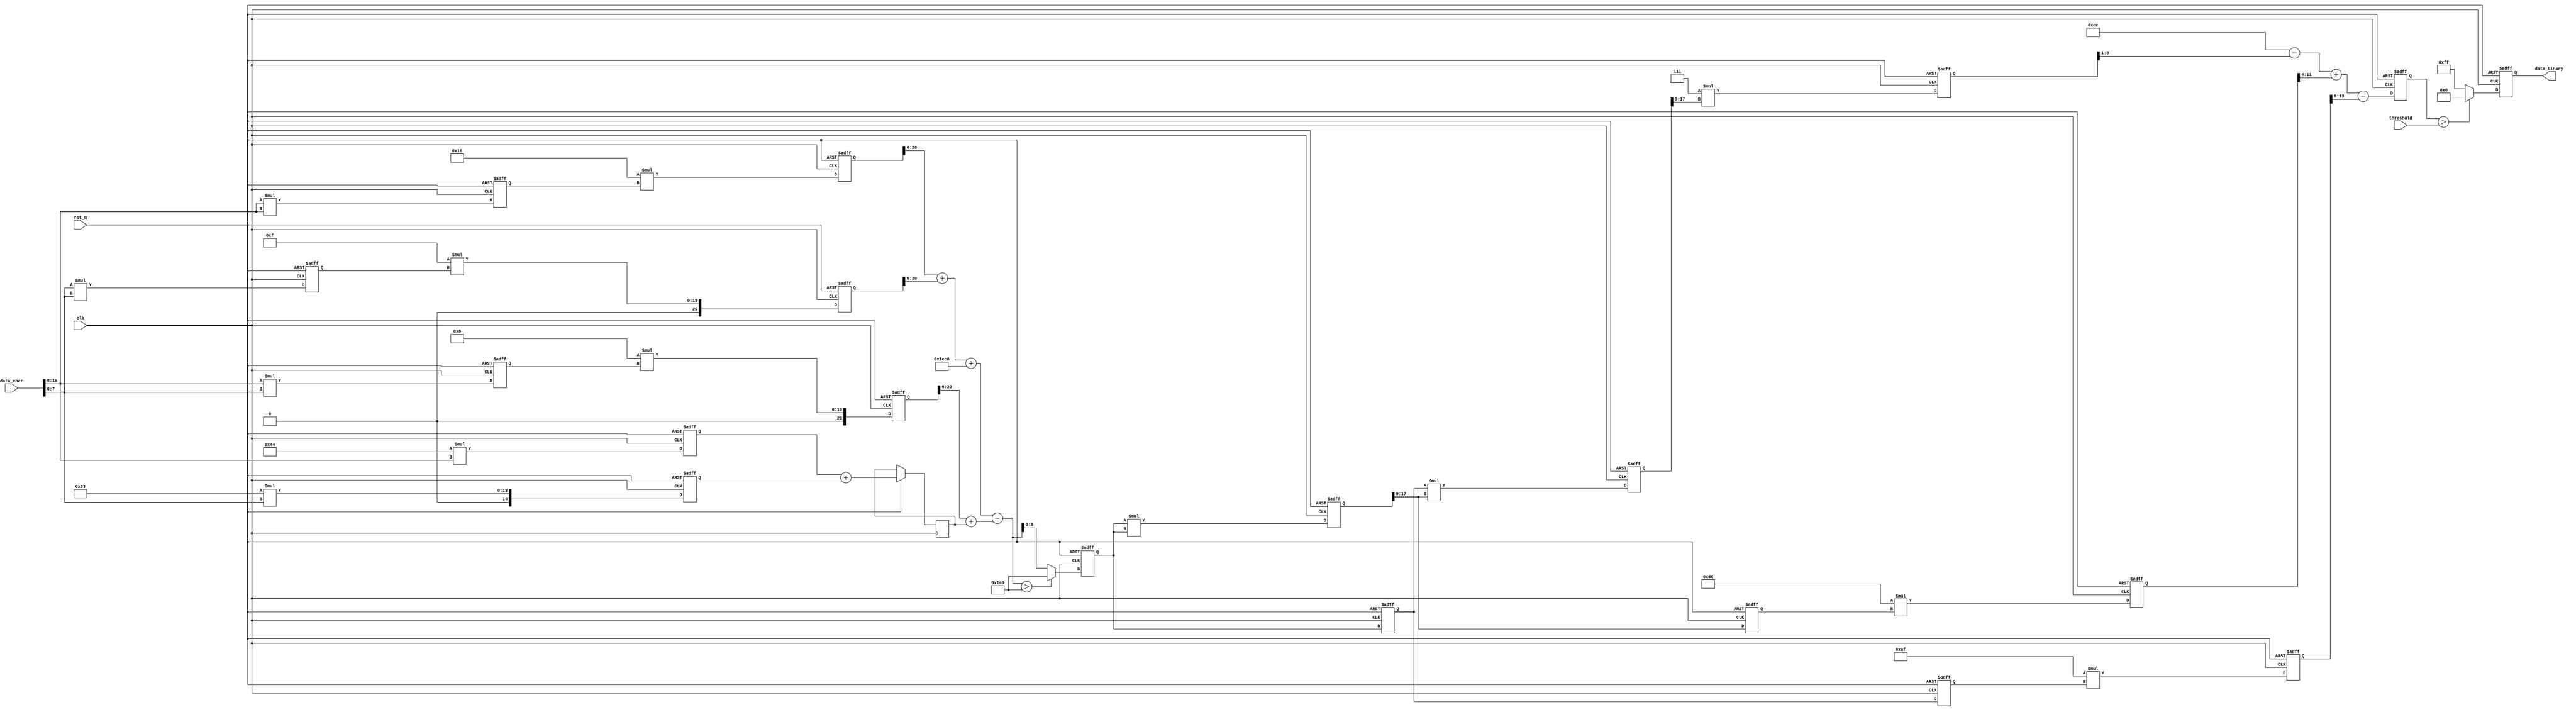


module ycbcr2gray2binary( 
    input clk,
    input rst_n,

    

    input [15:0] data_cbcr,
    input [7:0]threshold,
    output [7:0] data_binary
);

/*******************************************************************


x = 7880 + 22*cb^2>>6 + 15*cr^2>>6 - 8*cb*cr^2>>6 - 68*cb - 51*cr

7880 = 123*2^6 + 8

x>320, x=320, x649
*******************************************************************/
//cbcr
wire [7:0] data_cb;
wire [7:0] data_cr;
//cb^2, cr^2, cb*cr
reg [15:0] cb2;
reg [15:0] cr2;
reg [15:0] cbcr;
//
reg [20:0] cb2_t;
reg [20:0] cr2_t;
reg [20:0] cbcr_t;
reg [14:0] cb_t;
reg [14:0] cr_t;
//
reg [15:0] cb_cr_t;
reg [20:0] neg_sum;
reg [20:0] pos_sum;
//
reg [8:0] x;


assign data_cb = data_cbcr[15:8];
assign data_cr = data_cbcr[7:0];

//
always@(posedge clk or negedge rst_n) begin
    if(!rst_n) begin
        cb2  <= 16'd0;
        cr2  <= 16'd0;
        cbcr <= 16'd0;
        cb_t   <= 15'd0;
        cr_t   <= 15'd0;
    end
    else begin
        cb2  <= data_cb*data_cb;
        cr2  <= data_cr*data_cr;
        cbcr <= data_cb*data_cr;
        cb_t <= 7'd68*data_cb;
        cr_t <= 7'd51*data_cr;
    end
end

//
always@(posedge clk or negedge rst_n) begin
    if(!rst_n) begin
        cb2_t   <= 21'd0;
        cr2_t   <= 21'd0;
        cbcr_t  <= 21'd0;
    end
    else begin
        cb2_t   <= 5'd22*cb2;
        cr2_t   <= 5'd15*cr2;
        cbcr_t  <= 5'd8*cbcr;
        cb_cr_t <= cb_t + cr_t;
    end
end

//
wire [15:0] temp;
assign temp = (cb2_t[20:6] + cr2_t[20:6] + 13'd7880) - (cbcr_t[20:6] + cb_cr_t);

//
always@(posedge clk or negedge rst_n) begin
    if(!rst_n) begin
        x   <= 9'd0;
    end
    else begin
        //320
        if( temp > 320 )
            x <= 9'd320;
        else begin
            x <= temp[8:0];
        end
    end
end

/*******************************************************************


data_gray = 238 - 7*x^3>>1 + 86x^2>>1 - 175x
*******************************************************************/
//
reg [17:0] x3;
reg [17:0] x2;

//
reg [8:0]  x_t0;
reg [8:0]  x_t1;
reg [17:0] x_t2;
reg [8:0]  x2_t0;
reg [17:0] x2_t1;
reg [17:0] x3_t;
//
reg [7:0] data_gray;
reg [7:0] data_binary1;


//
always@(posedge clk or negedge rst_n) begin
    if(!rst_n) begin
        x2   <= 18'd0;
        x_t0 <= 18'd0;
    end
    else begin
        x2   <= x*x;
        x_t0 <= x;
    end
end

//
always@(posedge clk or negedge rst_n) begin
    if(!rst_n) begin
        x3    <= 18'd0;
        x2_t0 <= 9'd0;
        x_t1  <= 9'd0;
    end
    else begin
        x3    <= x_t0*x2[17:9];
        x2_t0 <= x2[17:9];
        x_t1  <= x_t0;
    end
end

//
always@(posedge clk or negedge rst_n) begin
    if(!rst_n) begin
        x3_t   <= 18'd0;
        x2_t1  <= 18'd0;
        x_t2   <= 18'd0;
    end
    else begin
        x3_t   <= 3'd7*x3[17:9];
        x2_t1  <= 7'd86*x2_t0;
        x_t2   <= 8'd175*x_t1;
    end
end

//
always@(posedge clk or negedge rst_n) begin
    if(!rst_n) begin
        data_gray <= 0;
    end
    else begin
        data_gray <= 8'd238 - x3_t[17:1] + x2_t1[17:4] - x_t2[17:6];
    end
end

//
always@(posedge clk or negedge rst_n) begin
    if(!rst_n) begin
        data_binary1 <= 0;
    end
    else 
    if(data_gray > threshold)
        data_binary1 <= 8'h00;
    else
        data_binary1 <= 8'hff;
end

assign data_binary = data_binary1;
// assign data_gray = post_frame_hsync ? data_gray1: 24'd0;

endmodule